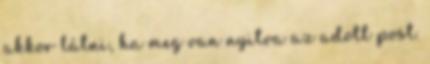
akkor látni, ha meg van nyitva az adott post.